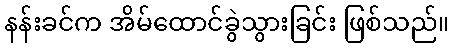
နန်းခင်က အိမ်ထောင်ခွဲသွားခြင်း ဖြစ်သည်။